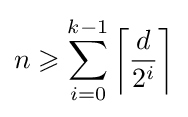
n\geqslant \sum _{i=0}^{k-1}\left\lceil {\frac {d}{2^{i}}}\right\rceil